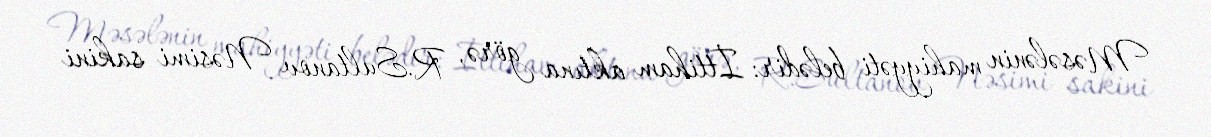
Məsələnin mahiyyəti belədir: İttiham aktına görə, R.Sultanov Nəsimi sakini